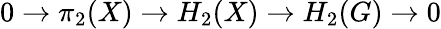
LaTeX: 0\to\pi_{2}(X)\to H_{2}(X)\to H_{2}(G)\to 0